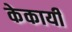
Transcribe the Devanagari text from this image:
केकायी